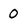
Character: O